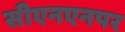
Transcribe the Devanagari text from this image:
सीएनएनपर